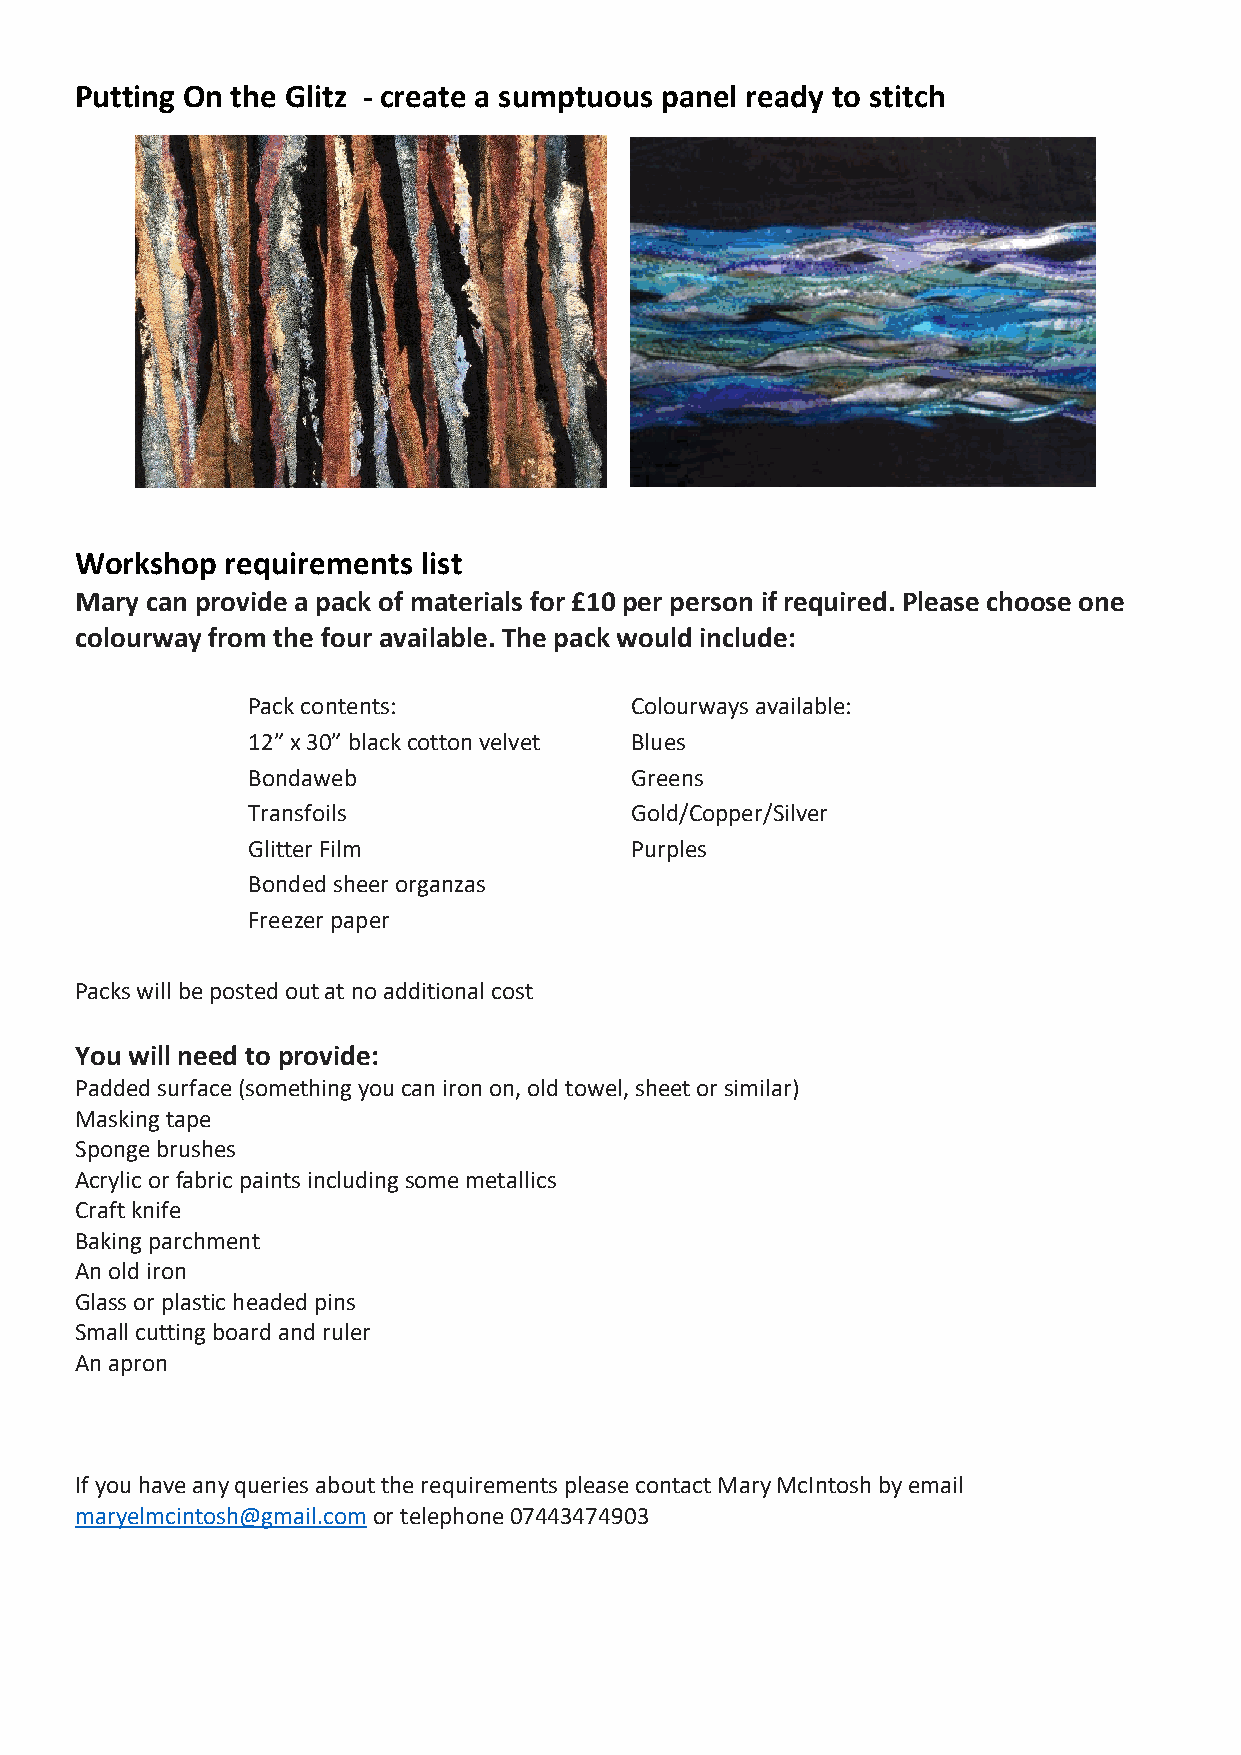
Putting On the Glitz - create a sumptuous panel ready to stitch
 Workshop  requirements list
 Mary can provide a pack of materials for £10 per person if required. Please choose one
 colourway from the four available. The pack would include:
 Pack contents:            Colourways available:
 12” x 30” black cotton velvet B l u e s
 Bondaweb                  Greens
 Transfoils                Gold/Copper/Silver
 Glitter Film              Purples
 Bonded sheer organzas
 Freezer paper
 Packs will be posted out at no additional cost
 You will need to provide:
 Padded surface (something you can iron on, old towel, sheet or similar)
 Masking tape
 Sponge brushes
 Acrylic or fabric paints including some metallics
 Craft knife
 Baking parchment
 An old iron
 Glass or plastic headed pins
 Small cutting board and ruler
 An apron
 If you have any queries about the requirements please contact Mary McIntosh by email
 maryelmcintosh@gmail.com or telephone 07443474903